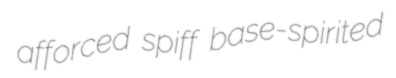
afforced spiff base-spirited